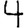
Digit: 4